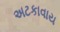
અટકાવાય